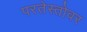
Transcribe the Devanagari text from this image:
परतेस्तोवर